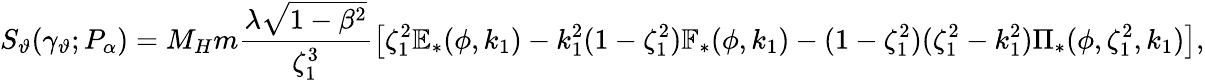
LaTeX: S_{\vartheta}(\gamma_{\vartheta};P_{\alpha})=M_{H}m\frac{\lambda\sqrt{1-\beta^{2}}}{\zeta_{1}^{3}}\left[\zeta_{1}^{2}\mathbb{E}_{*}(\phi,k_{1})-k_{1}^{2}(1-\zeta_{1}^{2})\mathbb{F}_{*}(\phi,k_{1})-(1-\zeta_{1}^{2})(\zeta_{1}^{2}-k_{1}^{2})\Pi_{*}(\phi,\zeta_{1}^{2},k_{1})\right],